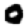
Digit: 0